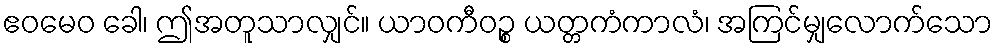
ဧဝမေဝ ခေါ၊ ဤအတူသာလျှင်။ ယာဝကီဝဉ္စ ယတ္တကံကာလံ၊ အကြင်မျှလောက်သော